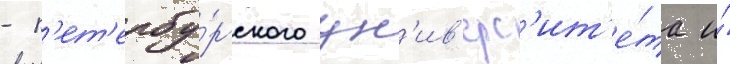
- п'ет'ербу́ргского ун'ив'ерс'ит'е́та и́